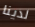
لدينا